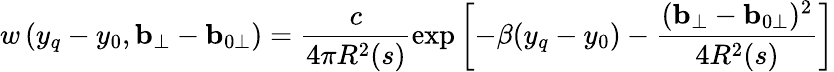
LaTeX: w\left(y_{q}-y_{0},{\mathbf b}_{\perp}-{\mathbf b}_{0\perp}\right)=\frac c{4\pi R^{2}(s)}\exp\left[-\beta(y_{q}-y_{0})-\frac{({\mathbf b}_{\perp}-{\mathbf b}_{0\perp})^{2}}{4R^{2}(s)}\right]